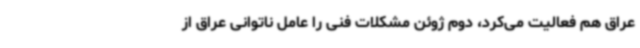
عراق هم فعالیت می‌کرد، دوم ژوئن مشکلات فنی را عامل ناتوانی عراق از